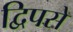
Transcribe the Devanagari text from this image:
द्विपसे